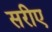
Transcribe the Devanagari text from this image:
सरीए